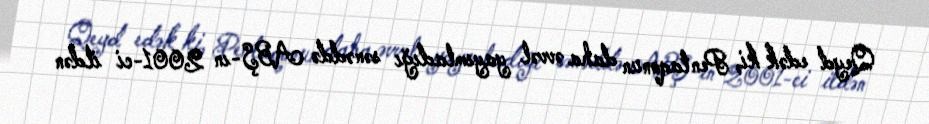
Qeyd edək ki, Pentaqonun daha əvvəl yayımladığı sənəddə ABŞ-ın 2001-ci ildən